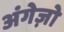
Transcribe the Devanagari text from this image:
अंगेज़ो